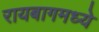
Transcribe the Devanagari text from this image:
रायबागमध्ये